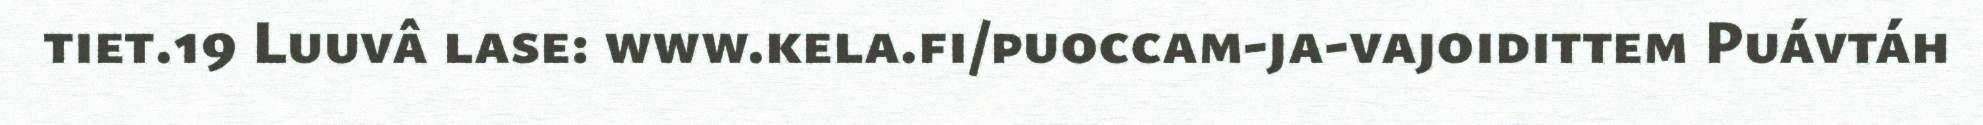
tiet.19 Luuvâ lase: www.kela.fi/puoccam-ja-vajoidittem Puávtáh